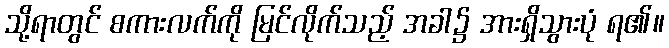
သို့ရာတွင် စကားလက်ကို မြင်လိုက်သည့် အခါ၌ အားရှိသွားပုံ ရ၏။